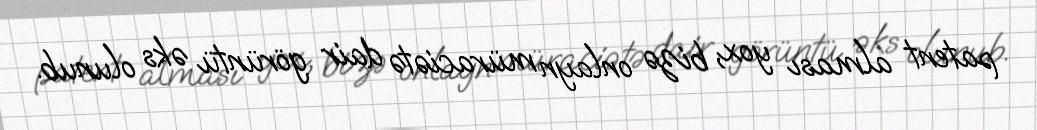
patent alması yox, bizə onlayn müraciətə dair görüntü əks olunub.